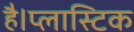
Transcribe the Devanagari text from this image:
है।प्लास्टिक